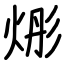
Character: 烿